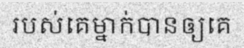
របស់គេម្នាក់បានឲ្យគេ